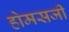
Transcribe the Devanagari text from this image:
होमसजी